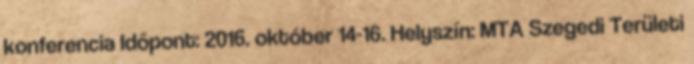
konferencia Időpont: 2016. október 14-16. Helyszín: MTA Szegedi Területi